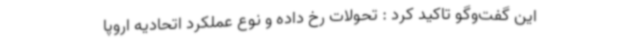
این گفت‌وگو تاکید کرد : تحولات رخ داده و نوع عملکرد اتحادیه اروپا